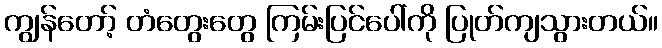
ကျွန်တော့် တံတွေးတွေ ကြမ်းပြင်ပေါ်ကို ပြုတ်ကျသွားတယ်။